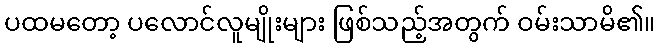
ပထမတော့ ပလောင်လူမျိုးများ ဖြစ်သည့်အတွက် ဝမ်းသာမိ၏။